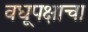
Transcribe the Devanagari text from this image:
वधूपक्षाचा